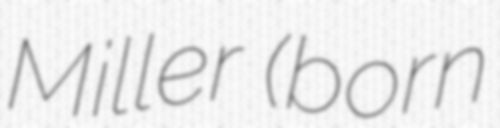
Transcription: Miller (born